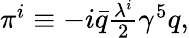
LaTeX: \begin{array}{r}{\pi^{i}\equiv-i\bar{q}\frac{\lambda^{i}}{2}\gamma^{5}q,}\end{array}